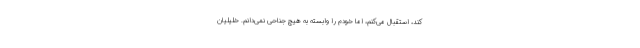
کند، استقبال می‌کنم، اما خودم را وابسته به هیچ جناحی نمی‌دانم. خلیلیان